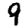
Digit: 9